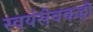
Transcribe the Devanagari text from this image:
स्वयंसेवकही